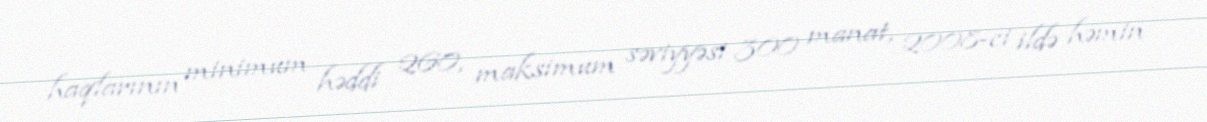
haqlarının minimum həddi 260, maksimum səviyyəsi 300 manat, 2008-ci ildə həmin